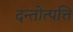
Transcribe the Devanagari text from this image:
दन्तोत्पत्ति